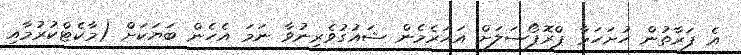
އެ ފަރާތުން ހުށަހަޅާ ޕްރޮޕޯސަލަށް އަހަރެމެން ޝައުގުވެރިނުވާ ނަމަ އެހެން ބަޔަކަށް (މާކެޓްކުރުމާއި